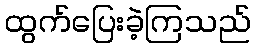
ထွက်ပြေးခဲ့ကြသည်